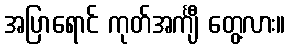
အပြာရောင် ကုတ်အင်္ကျီ တွေ့လား။